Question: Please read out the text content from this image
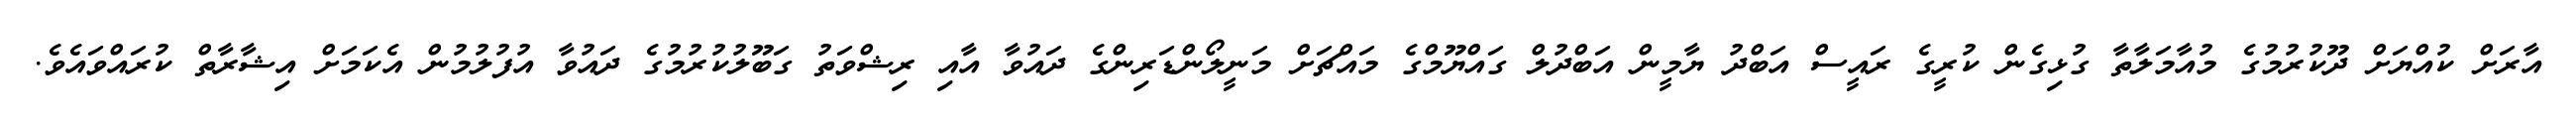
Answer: އާރަށް ކުއްޔަށް ދޫކުރުމުގެ މުއާމަލާތާ ގުޅިގެން ކުރީގެ ރައީސް އަބްދު ޔާމީން އަބްދުލް ގައްޔޫމްގެ މައްޗަށް މަނީލޯންޑަރިންގެ ދައުވާ އާއި ރިޝްވަތު ގަބޫލުކުރުމުގެ ދައުވާ އުފުލުމުން އެކަމަށް އިޝާރާތް ކުރައްވައެވެ.